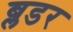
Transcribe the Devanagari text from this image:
ब्लडर